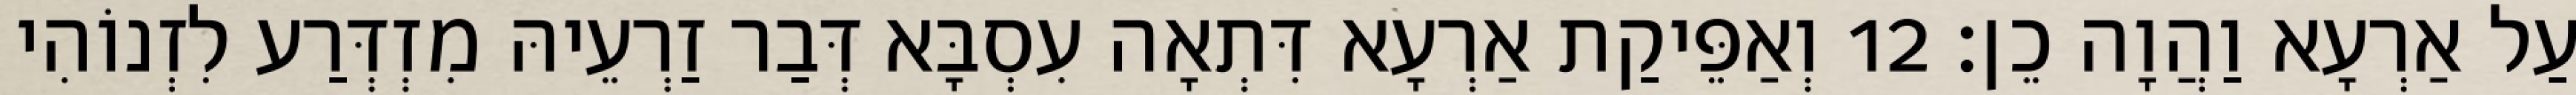
עַל אַרְעָא וַהֲוָה כֵן׃ 12 וְאַפֵּיקַת אַרְעָא דִּתְאָה עִסְבָּא דְּבַר זַרְעֵיהּ מִזְדְּרַע לִזְנוֹהִי